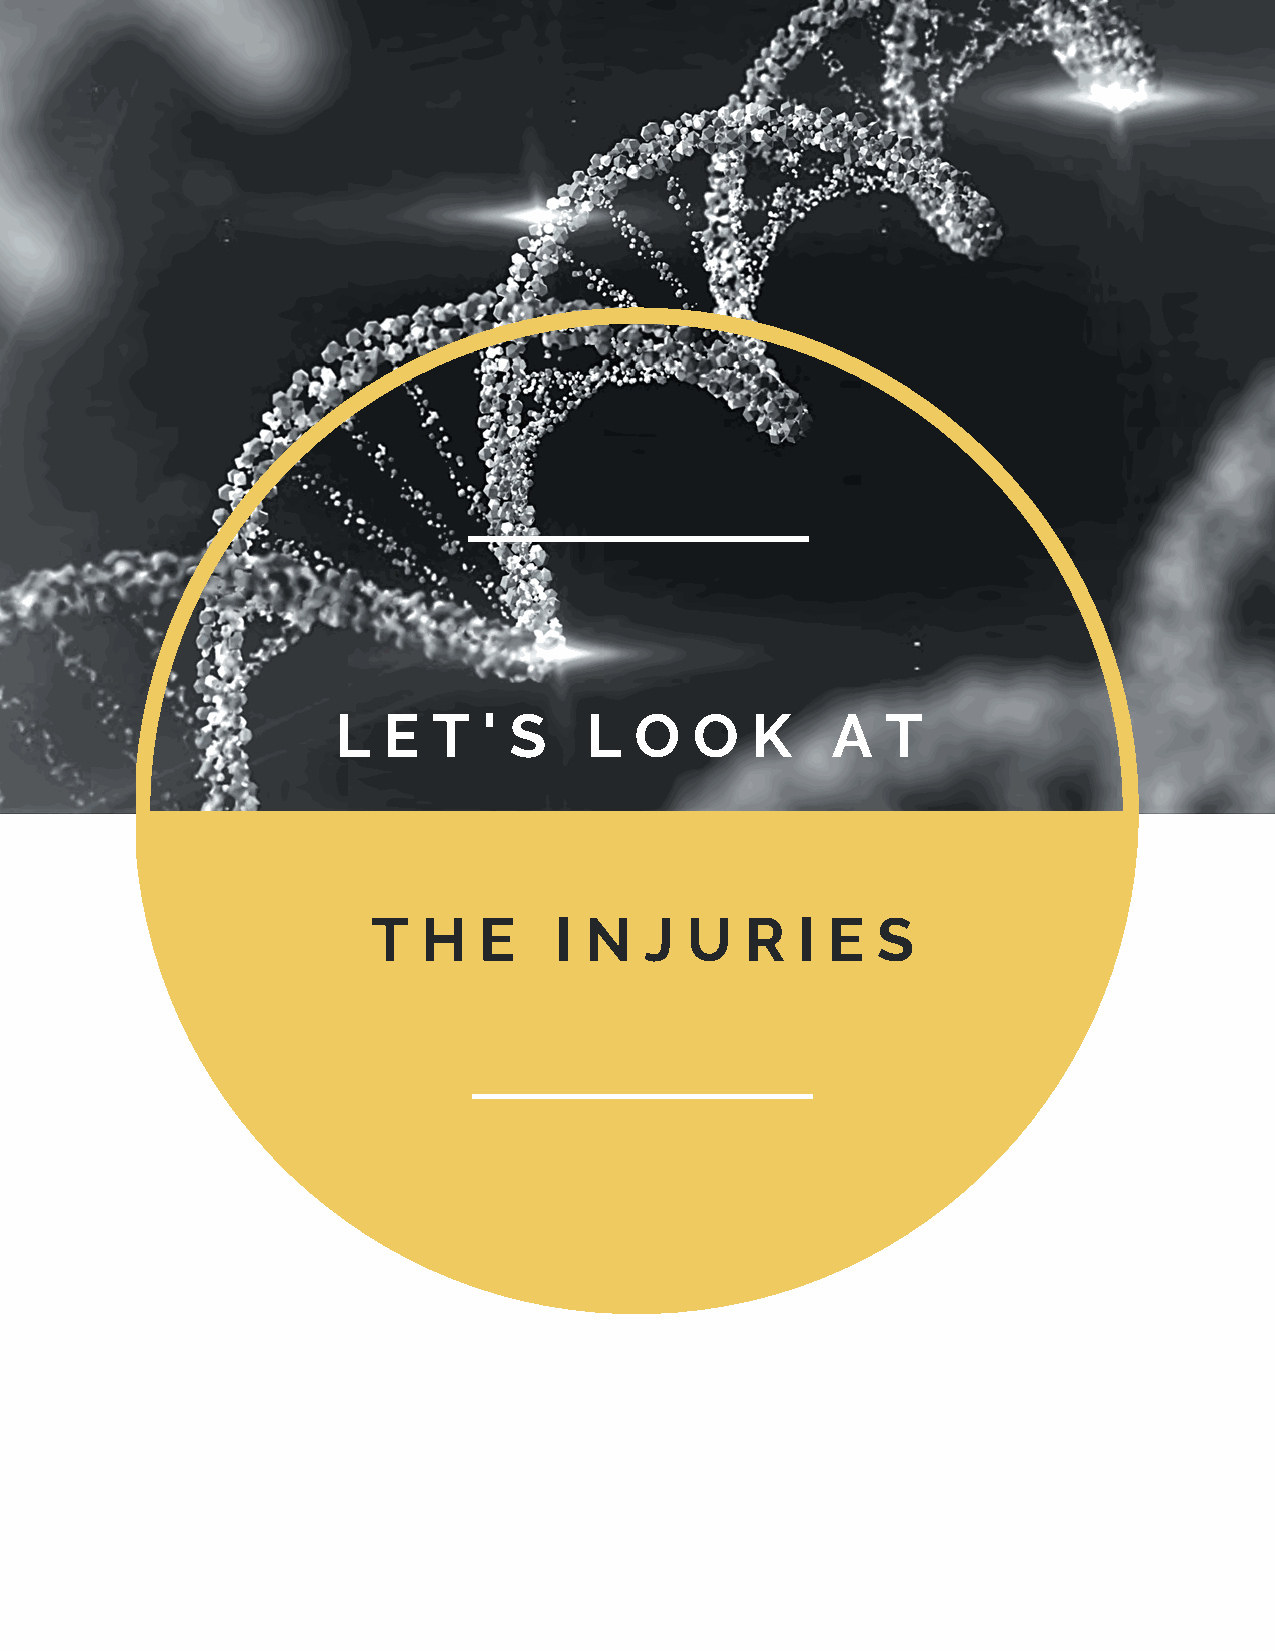
L  E   T  ' S    L  O   O   K    A   T
 T  H   E    I N   J U   R   I E  S